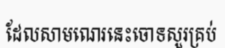
ដែលសាមណេរនេះចោទសួរគ្រប់